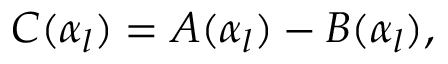
\begin{array} { r } { C ( \alpha _ { l } ) = A ( \alpha _ { l } ) - B ( \alpha _ { l } ) , } \end{array}